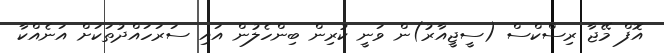
އޮފް މޭޖާ ރިސްކްސް (ސީޖީއާރު)ން ވަނީ ކުރިން ބިންހެލުން އައި ސަރަހައްދުތަކަށް އަނެއްކާ